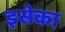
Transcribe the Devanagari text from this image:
इसेका